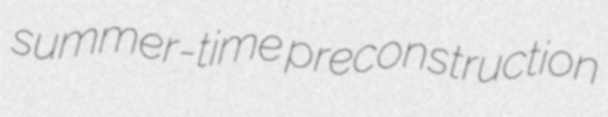
summer-time preconstruction